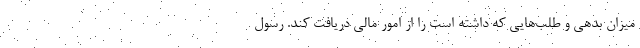
میزان بدهی و طلب‌هایی که داشته است را از امور مالی دریافت کند. رسول